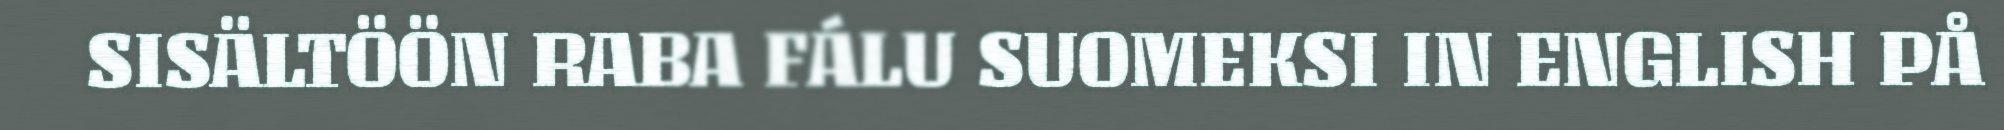
SISÄLTÖÖN RABA FÁLU SUOMEKSI IN ENGLISH PÅ